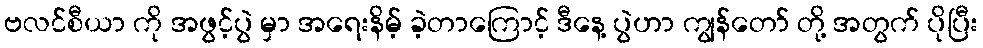
ဗလင်စီယာ ကို အဖွင့်ပွဲ မှာ အရေးနိမ့် ခဲ့တာကြောင့် ဒီနေ့ ပွဲဟာ ကျွန်တော် တို့ အတွက် ပိုပြီး